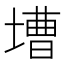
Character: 𡐋